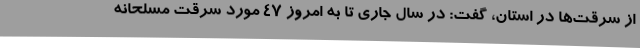
از سرقت‌ها در استان، گفت: در سال جاری تا به امروز 47 مورد سرقت مسلحانه